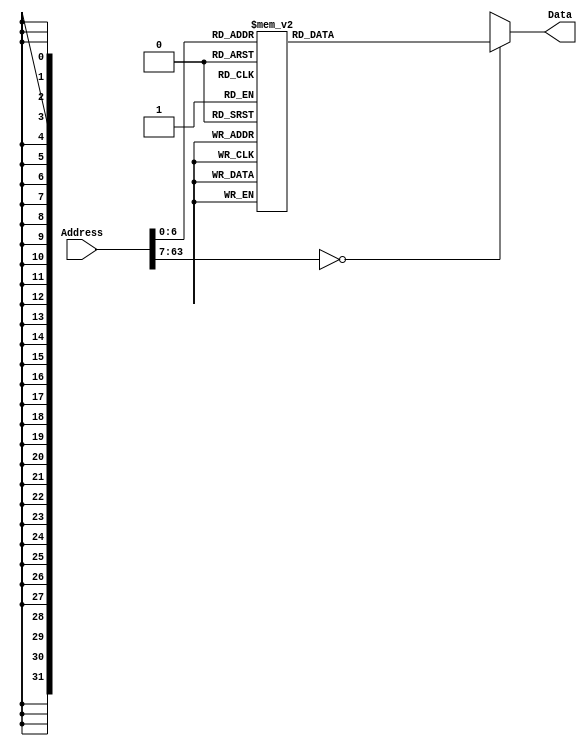
`timescale 1ns / 1ps
/*
 * Module: InstructionMemory
 *
 * Implements read-only instruction memory
 * 
 */
module InstructionMemory(Data, Address);
   parameter T_rd = 20;
   parameter MemSize = 40;
   
   output [31:0] Data;
   input [63:0]  Address;
   reg [31:0] 	 Data;
   
   /*
    * ECEN 350 Processor Test Functions
    * Texas A&M University
    */
   
   always @ (Address) begin
      case(Address)

	/* Test Program 1:
	 * Program loads constants from the data memory. Uses these constants to test
	 * the following instructions: LDUR, ORR, AND, CBZ, ADD, SUB, STUR and B.
	 * 
	 * Assembly code for test:
	 * 
	 * 0: LDUR X9, [XZR, 0x0]    //Load 1 into x9
	 * 4: LDUR X10, [XZR, 0x8]   //Load a into x10
	 * 8: LDUR X11, [XZR, 0x10]  //Load 5 into x11
	 * C: LDUR X12, [XZR, 0x18]  //Load big constant into x12
	 * 10: LDUR X13, [XZR, 0x20]  //load a 0 into X13
	 * 
	 * 14: ORR X10, X10, X11  //Create mask of 0xf
	 * 18: AND X12, X12, X10  //Mask off low order bits of big constant
	 * 
	 * loop:
	 * 1C: CBZ X12, end  //while X12 is not 0
	 * 20: ADD X13, X13, X9  //Increment counter in X13
	 * 24: SUB X12, X12, X9  //Decrement remainder of big constant in X12
	 * 28: B loop  //Repeat till X12 is 0
	 * 2C: STUR X13, [XZR, 0x20]  //store back the counter value into the memory location 0x20
	 */
	

	63'h000: Data = 32'hF84003E9;
	63'h004: Data = 32'hF84083EA;
	63'h008: Data = 32'hF84103EB;
	63'h00c: Data = 32'hF84183EC;
	63'h010: Data = 32'hF84203ED;
	63'h014: Data = 32'hAA0B014A;
	63'h018: Data = 32'h8A0A018C;
	63'h01c: Data = 32'hB400008C;
	63'h020: Data = 32'h8B0901AD;
	63'h024: Data = 32'hCB09018C;
	63'h028: Data = 32'h17FFFFFD;
	63'h02c: Data = 32'hF80203ED;
	63'h030: Data = 32'hF84203ED;  //One last load to place stored value on memdbus for test checking.

	/* Add code for your tests here */
	/* Test Program 2:
	 *
	 * 38: ADD X9, XZR, XZR // zero out X9 => 10001011000 11111 000000 11111 01001
	 * 3c: ORRI X9, X9, 0x123 // load first part => 1011001000 0001 0010 0011 01001 01001
	 * 40: LSL X9, X9, #12 // shift over => 11010011011 11111 001100 01001 01001
	 * 44: ORRI X9, X9, 0x456 => 1011001000 0100 0101 0110 01001 01001
	 * 48: LSL X9, X9, #12 // SAME CODE
	 * 4c: ORRI X9, X9, 0x789 => 1011001000 0111 1000 1001 01001 01001
	 * 50: LSL X9, X9, #12 // SAME CODE
	 * 54: ORRI X9, X9, 0xabc => 1011001000 1010 1011 1100 01001 01001
	 * 58: LSL X9, X9, #12 // SAME CODE
	 * 5c: ORRI X9, X9, 0xdef => 1011001000 1101 1110 1111 01001 01001
	 * 60: LSL X9, X9, #4 // shift over => 11010011011 11111 000100 01001 01001
	 * xx: STUR X9, [XZR, 0x28] // store to memory => 11111000000 000101000 00 11111 01001
	 * xx: LDUR X10, [XZR, 0x28] // to check if correct => 11111000010 000101000 00 11111 01010
	 */
	63'h038: Data = 32'h8B1F03E9; // start of tests
	63'h03c: Data = 32'hB2048D29; // 0x123
	63'h040: Data = 32'hD37F3129; // shift
	63'h044: Data = 32'hB2115929; // 0x456
	63'h048: Data = 32'hD37F3129; // shift
	63'h04c: Data = 32'hB21E2529; // 0x789
	63'h050: Data = 32'hD37F3129; // shift
	63'h054: Data = 32'hB22AF129; // 0xabc
	63'h058: Data = 32'hD37F3129; // shift
	63'h05c: Data = 32'hB237BD29; // 0xdef
	63'h060: Data = 32'hD37F1129; // shift 4

	63'h064: Data = 32'hF80283E9;
	63'h068: Data = 32'hF84283EA;
// */
			
	default: Data = 32'hXXXXXXXX;
      endcase
   end
endmodule